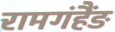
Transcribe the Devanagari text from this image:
रामगंहैंङ